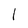
Character: l